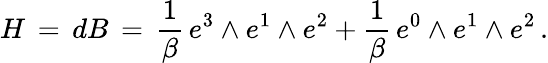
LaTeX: H\, =\, dB\, =\, \frac{1}{\beta}\, e^{3}\wedge e^{1}\wedge e^{2}+\frac{1}{\beta}\, e^{0}\wedge e^{1}\wedge e^{2}\, .